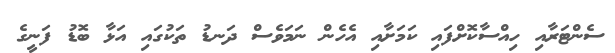
ސެންޓަރާއި ހިއްސާކޮށްފައި ކަމަށާއި އެހެން ނަމަވެސް ދަނޑު ތަކުގައި އަޅާ ބޮޑު ފަނީގެ